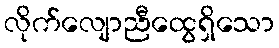
လိုက်လျောညီထွေရှိသော